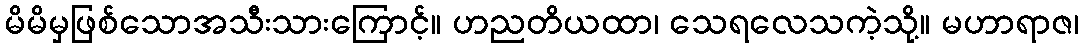
မိမိမှဖြစ်သောအသီးသားကြောင့်။ ဟညတိယထာ၊ သေရလေသကဲ့သို့။ မဟာရာဇ၊